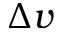
\Delta v